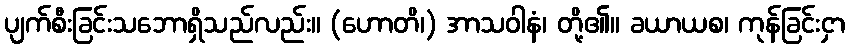
ပျက်စီးခြင်းသဘောရှိသည်လည်း။ (ဟောတိ၊) အာသဝါနံ၊ တို့၏။ ခယာယစ၊ ကုန်ခြင်းငှာ